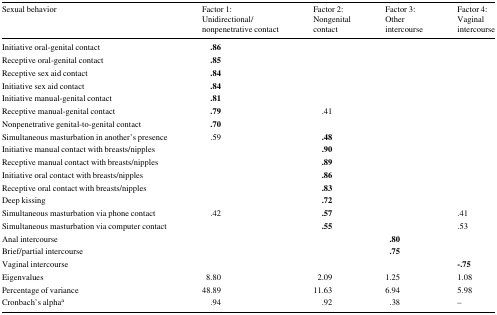
<table><thead><tr><td><b>Sexual behavior</b></td><td><b>Factor 1: Unidirectional/nonpenetrative contact</b></td><td><b>Factor 2: Nongenital contact</b></td><td><b>Factor 3: Other intercourse</b></td><td><b>Factor 4: Vaginal intercourse</b></td></tr></thead><tbody><tr><td>Initiative oral-genital contact</td><td><b>.86</b></td><td></td><td></td><td></td></tr><tr><td>Receptive oral-genital contact</td><td><b>.85</b></td><td></td><td></td><td></td></tr><tr><td>Receptive sex aid contact</td><td><b>.84</b></td><td></td><td></td><td></td></tr><tr><td>Initiative sex aid contact</td><td><b>.84</b></td><td></td><td></td><td></td></tr><tr><td>Initiative manual-genital contact</td><td><b>.81</b></td><td></td><td></td><td></td></tr><tr><td>Receptive manual-genital contact</td><td><b>.79</b></td><td>.41</td><td></td><td></td></tr><tr><td>Nonpenetrative genital-to-genital contact</td><td><b>.70</b></td><td></td><td></td><td></td></tr><tr><td>Simultaneous masturbation in another’s presence</td><td>.59</td><td><b>.48</b></td><td></td><td></td></tr><tr><td>Initiative manual contact with breasts/nipples</td><td></td><td><b>.90</b></td><td></td><td></td></tr><tr><td>Receptive manual contact with breasts/nipples</td><td></td><td><b>.89</b></td><td></td><td></td></tr><tr><td>Initiative oral contact with breasts/nipples</td><td></td><td><b>.86</b></td><td></td><td></td></tr><tr><td>Receptive oral contact with breasts/nipples</td><td></td><td><b>.83</b></td><td></td><td></td></tr><tr><td>Deep kissing</td><td></td><td><b>.72</b></td><td></td><td></td></tr><tr><td>Simultaneous masturbation via phone contact</td><td>.42</td><td><b>.57</b></td><td></td><td>.41</td></tr><tr><td>Simultaneous masturbation via computer contact</td><td></td><td><b>.55</b></td><td></td><td>.53</td></tr><tr><td>Anal intercourse</td><td></td><td></td><td><b>.80</b></td><td></td></tr><tr><td>Brief/partial intercourse</td><td></td><td></td><td><b>.75</b></td><td></td></tr><tr><td>Vaginal intercourse</td><td></td><td></td><td></td><td><b>-.75</b></td></tr><tr><td>Eigenvalues</td><td>8.80</td><td>2.09</td><td>1.25</td><td>1.08</td></tr><tr><td>Percentage of variance</td><td>48.89</td><td>11.63</td><td>6.94</td><td>5.98</td></tr><tr><td>Cronbach’s alpha<sup>a</sup></td><td>.94</td><td>.92</td><td>.38</td><td>–</td></tr></tbody></table>